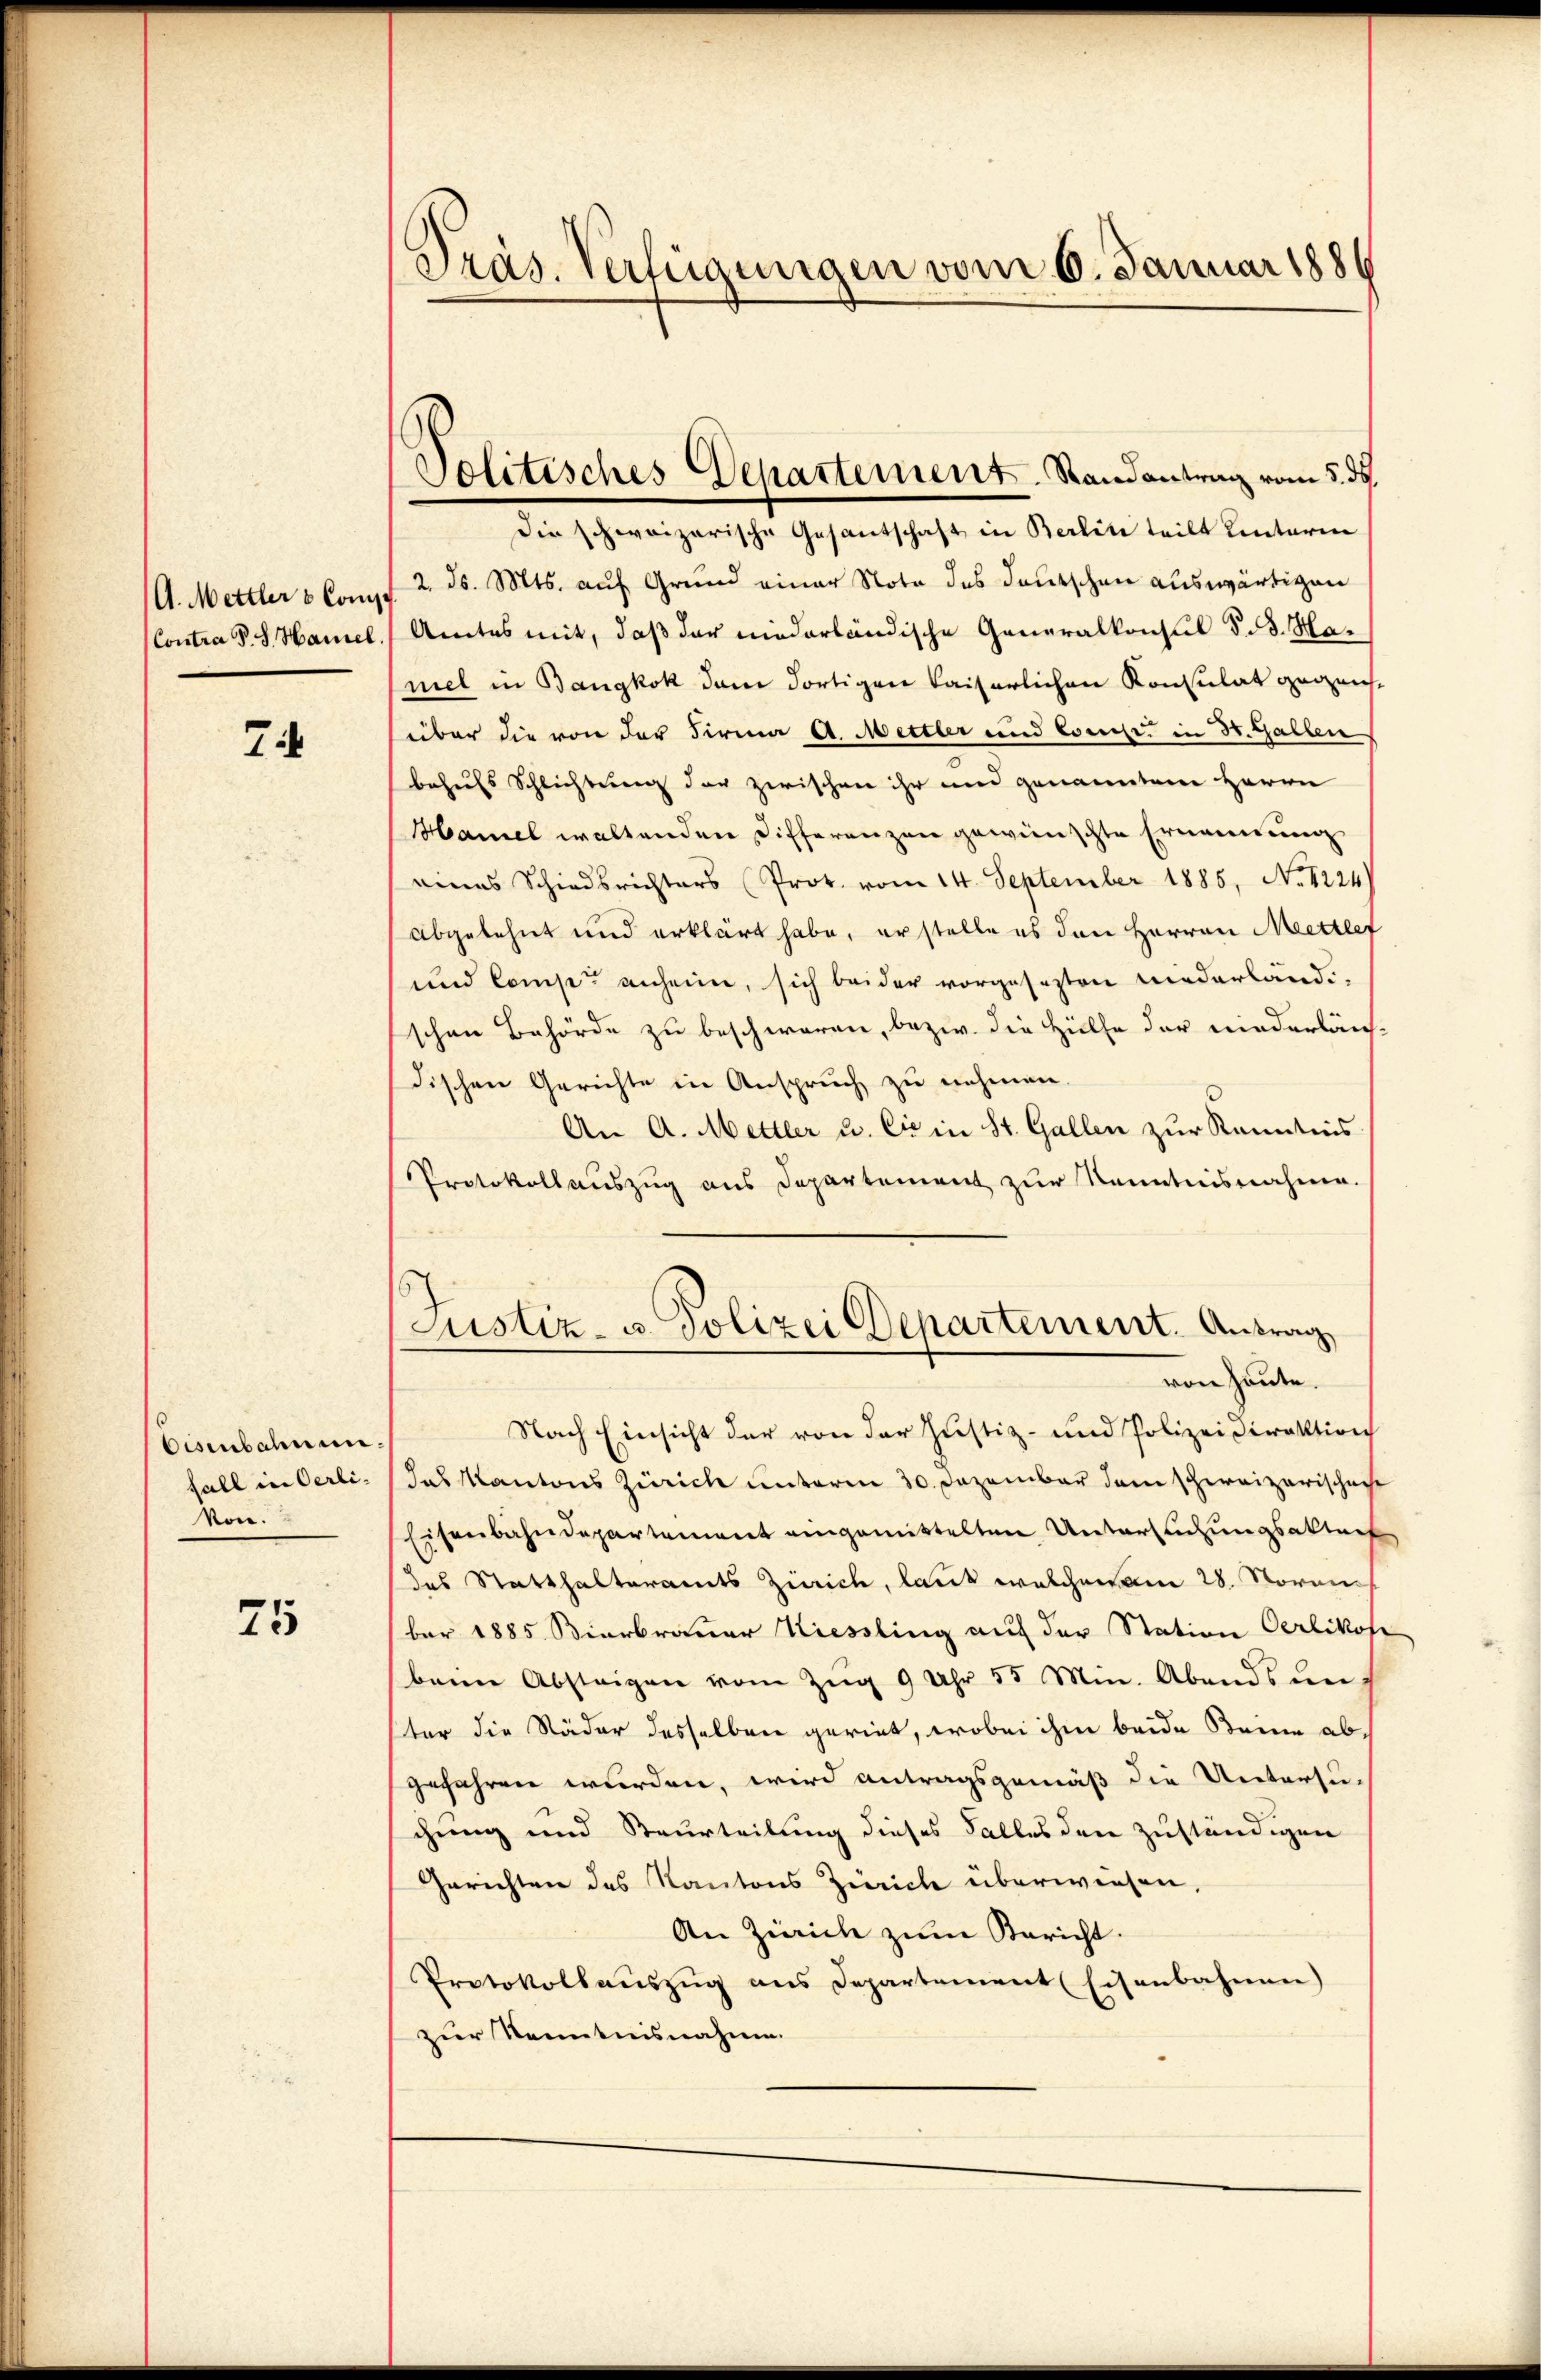
A. Mettler & Comp
Contra P. J. Haniel

7

Eisenbahnen
fall in Oerli-
kon.

25

Präs. Verfügungen vom 6. Januar 1886

Jolitisches Departement. Randantrag vom 5. ds.

Die schweizerische Gesantschaft in Berlin teilt hinterne
2. ds. Mts. auf Grund einer Note des deutschen auswärtigen
Amtes mit, daß der niederländische Generalkonsul §. 3. Hamel in Bangkok dem dortigen Kaiserlichen Konsulat gegenst
über die von der Firma A. Mettler und Cocose in 30. Gallen
behufs Schlichtung der zwischen ihr und genanntem Herrn
Hamel waltenden Differenzen gewünschte Ernennung
eines Schiedsrichters (Prot. vom 14. September 1885, No. 1224
abgelehnt und erklärt habe, er stelle es den Herren Mettlef
und Compe anheim, sich beider vorgesezten niederländischen Behörde zu beschwaren, bezw. die Hülfe der niederläuf
dischen Gerichte in Anspruch zu nehmen.
An A. Mettler u. Cie in St. Gallen zur Kenntnis
Protokollauszug aus Departement zur Kenntnisnahme.
Justiz- u. Polizei Departement. Antrag
von Heute.
Nach Einsicht der von der Justiz- und Polizeidirektion
das Kantons Zürich unterm 30. Dezember dem schweizerischeche
Eisenbahndepartement eingemittelten Untersuchungsaktuch
das Statthalteramts Zürich, laut welchem am 28. Novem
ber 1885 Bierbrauer Kiessling auf der Station Oerlikofe
beim Absteigen vom Zŭg 9 Uhr 55 Min. Abends unster die Räder desselben gerint, wobei ihm beide Seine abgefahren wurden, wird antragsgemäß die Untersu-
chung und Beurteilung dieses Falles den zuständigen
Gerichten des Kantons Zürich überwiesen,
An Zürich zum Bericht.
Protokollauszug aus Departement (Eisenbahnen)
zur Kenntnisnahme.